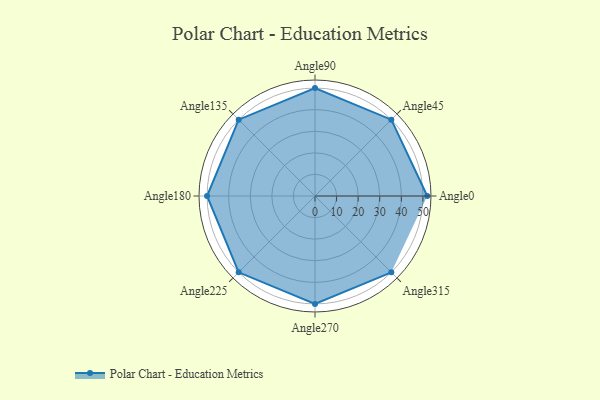
{"axis": {"x": "Angle", "y": "Radius"}, "legend": [""], "data": [{"x": "Angle0", "y": 52.0, "type": ""}, {"x": "Angle45", "y": 50, "type": ""}, {"x": "Angle90", "y": 50, "type": ""}, {"x": "Angle135", "y": 50, "type": ""}, {"x": "Angle180", "y": 50, "type": ""}, {"x": "Angle225", "y": 50, "type": ""}, {"x": "Angle270", "y": 50, "type": ""}, {"x": "Angle315", "y": 50, "type": ""}]}